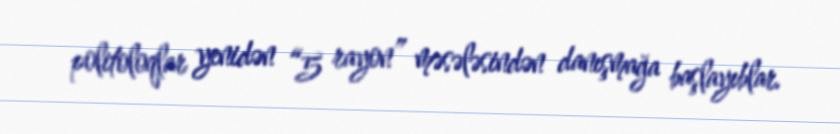
politoloqlar yenidən “5 rayon” məsələsindən danışmağa başlayıblar.